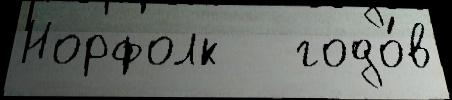
Норфолк   годо́в